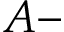
A -